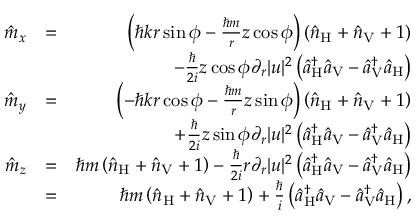
\begin{array} { r l r } { \hat { m } _ { x } } & { = } & { \left( \hbar k r \sin \phi - \frac { \hbar m } { r } z \cos \phi \right) \left( \hat { n } _ { \mathrm { H } } + \hat { n } _ { \mathrm { V } } + 1 \right) } \\ & { } & { - \frac { \hbar } { 2 i } z \cos \phi \partial _ { r } | u | ^ { 2 } \left( \hat { a } _ { \mathrm { H } } ^ { \dagger } \hat { a } _ { \mathrm { V } } - \hat { a } _ { \mathrm { V } } ^ { \dagger } \hat { a } _ { \mathrm { H } } \right) } \\ { \hat { m } _ { y } } & { = } & { \left( - \hbar k r \cos \phi - \frac { \hbar m } { r } z \sin \phi \right) \left( \hat { n } _ { \mathrm { H } } + \hat { n } _ { \mathrm { V } } + 1 \right) } \\ & { } & { + \frac { \hbar } { 2 i } z \sin \phi \partial _ { r } | u | ^ { 2 } \left( \hat { a } _ { \mathrm { H } } ^ { \dagger } \hat { a } _ { \mathrm { V } } - \hat { a } _ { \mathrm { V } } ^ { \dagger } \hat { a } _ { \mathrm { H } } \right) } \\ { \hat { m } _ { z } } & { = } & { \hbar m \left( \hat { n } _ { \mathrm { H } } + \hat { n } _ { \mathrm { V } } + 1 \right) - \frac { \hbar } { 2 i } r \partial _ { r } | u | ^ { 2 } \left( \hat { a } _ { \mathrm { H } } ^ { \dagger } \hat { a } _ { \mathrm { V } } - \hat { a } _ { \mathrm { V } } ^ { \dagger } \hat { a } _ { \mathrm { H } } \right) } \\ & { = } & { \hbar m \left( \hat { n } _ { \mathrm { H } } + \hat { n } _ { \mathrm { V } } + 1 \right) + \frac { \hbar } { i } \left( \hat { a } _ { \mathrm { H } } ^ { \dagger } \hat { a } _ { \mathrm { V } } - \hat { a } _ { \mathrm { V } } ^ { \dagger } \hat { a } _ { \mathrm { H } } \right) , } \end{array}